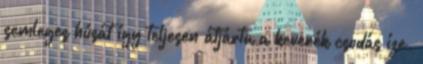
semleges húsát így teljesen átjárta a keverék csodás íze.